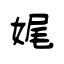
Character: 娓